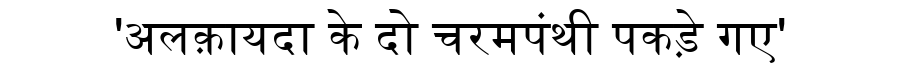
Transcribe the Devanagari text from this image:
'अलक़ायदा के दो चरमपंथी पकड़े गए'